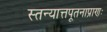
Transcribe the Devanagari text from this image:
स्तन्यात्तपूतनाप्राणः